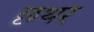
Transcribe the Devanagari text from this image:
छथर